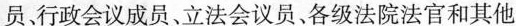
员行政会议成员、立法会议员、各级法院法官和其他